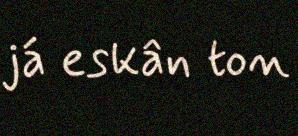
já eskân ton